Civil Veterinary Dept. Bombay admin report 1923-31 - 1923-1931
Year: 1923
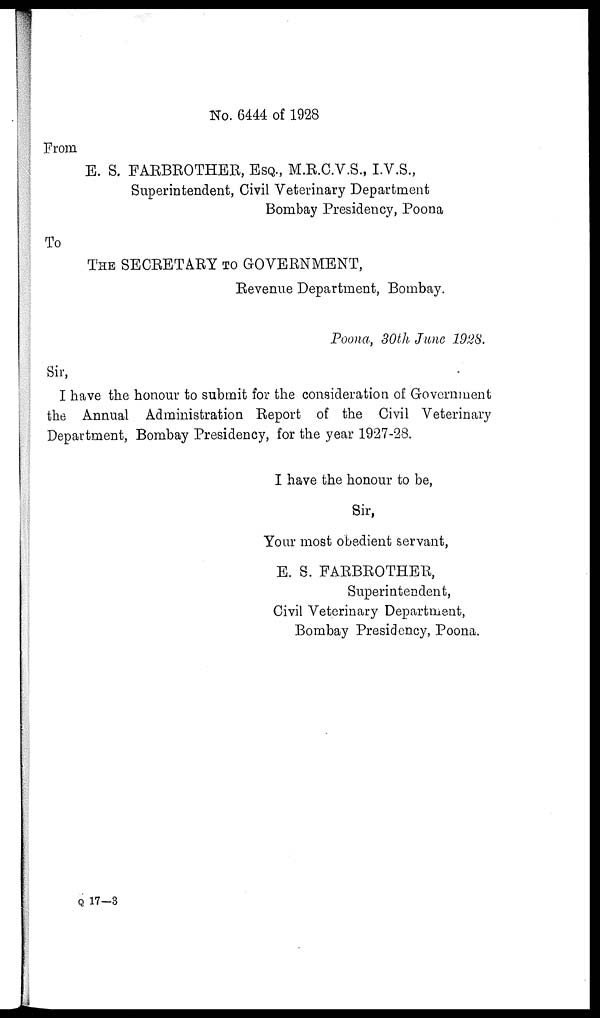
No. 6444 of 1928
From
E. S. FARBROTHER, ESQ., M.R.C.V.S., I.V.S.,
Superintendent, Civil Veterinary Department
Bombay Presidency, Poona
To
THE SECRETARY TO GOVERNMENT,
Revenue Department, Bombay.
Poona, 30th June 1928.
Sir,
I have the honour to submit for the consideration of Government
the Annual Administration Report of the Civil Veterinary
Department, Bombay Presidency, for the year 1927-28.
I have the honour to be,
Sir,
Your most obedient servant,
E. S. FARBROTHER,
Superintendent,
Civil Veterinary Department,
Bombay Presidency, Poona.
Q 17—3